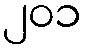
၂၀၁